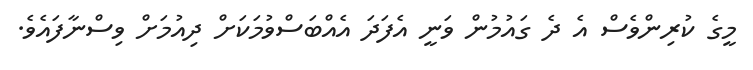
މީގެ ކުރިންވެސް އެ ދެ ގައުމުން ވަނީ އެފަދަ އެއްބަސްވުމަކަށް ދިއުމަށް ވިސްނާފައެވެ.